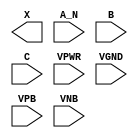
/**
 * Copyright 2020 The SkyWater PDK Authors
 *
 * Licensed under the Apache License, Version 2.0 (the "License");
 * you may not use this file except in compliance with the License.
 * You may obtain a copy of the License at
 *
 *     https://www.apache.org/licenses/LICENSE-2.0
 *
 * Unless required by applicable law or agreed to in writing, software
 * distributed under the License is distributed on an "AS IS" BASIS,
 * WITHOUT WARRANTIES OR CONDITIONS OF ANY KIND, either express or implied.
 * See the License for the specific language governing permissions and
 * limitations under the License.
 *
 * SPDX-License-Identifier: Apache-2.0
 */

`ifndef SKY130_FD_SC_HDLL__AND3B_PP_BLACKBOX_V
`define SKY130_FD_SC_HDLL__AND3B_PP_BLACKBOX_V

/**
 * and3b: 3-input AND, first input inverted.
 *
 * Verilog stub definition (black box with power pins).
 *
 * WARNING: This file is autogenerated, do not modify directly!
 */

`timescale 1ns / 1ps
`default_nettype none

(* blackbox *)
module sky130_fd_sc_hdll__and3b (
    X   ,
    A_N ,
    B   ,
    C   ,
    VPWR,
    VGND,
    VPB ,
    VNB
);

    output X   ;
    input  A_N ;
    input  B   ;
    input  C   ;
    input  VPWR;
    input  VGND;
    input  VPB ;
    input  VNB ;
endmodule

`default_nettype wire
`endif  // SKY130_FD_SC_HDLL__AND3B_PP_BLACKBOX_V